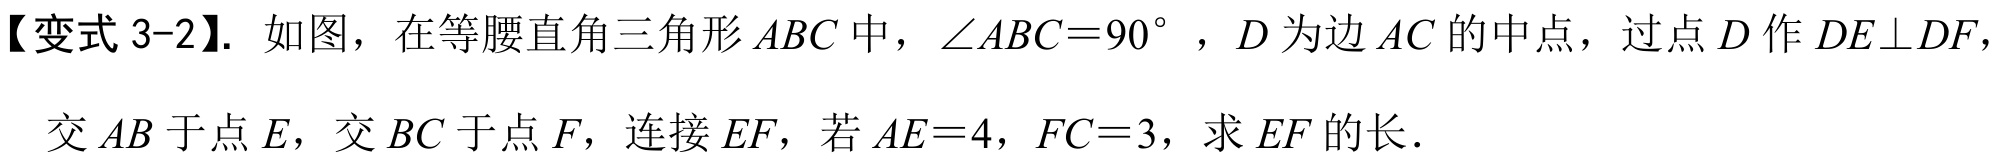
【变式 3-2】. 如图，在等腰直角三角形\(ABC\)中，\(\angle ABC = 90^{\circ}\)，\(D\)为边\(AC\)的中点，过点\(D\)作\(DE\perp DF\)，
交\(AB\)于点\(E\)，交\(BC\)于点\(F\)，连接\(EF\)，若\(AE = 4\)，\(FC = 3\)，求\(EF\)的长．